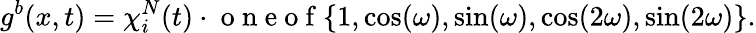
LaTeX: g^{b}(x,t)=\chi_{i}^{N}(t)\cdot\mathrm{~o~n~e~o~f~}\{ 1,\cos(\omega),\sin(\omega),\cos(2\omega),\sin(2\omega)\} .